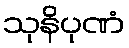
သုနိပုဏံ